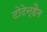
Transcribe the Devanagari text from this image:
टोटेन्हैम